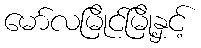
မော်လမြိုင်မြို့နှင့်